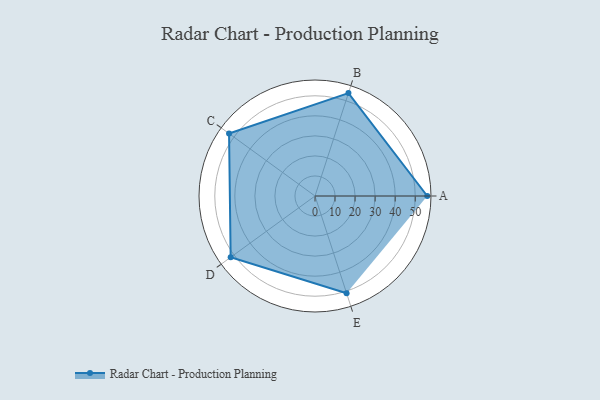
{"axis": {"x": "Skill", "y": "Score"}, "legend": ["Profile"], "data": [{"x": "A", "y": 56.0, "type": "Profile"}, {"x": "B", "y": 54.0, "type": "Profile"}, {"x": "C", "y": 53.0, "type": "Profile"}, {"x": "D", "y": 52.0, "type": "Profile"}, {"x": "E", "y": 51.0, "type": "Profile"}]}